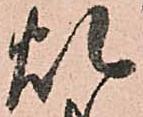
煩